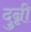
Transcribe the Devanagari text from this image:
दुन्नी